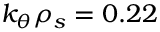
k _ { \theta } \rho _ { s } = 0 . 2 2